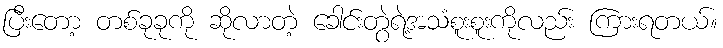
ပြီးတော့ တစ်ခုခုကို ဆိုလာတဲ့ ခေါင်းတွဲရဲ့အသံစူးစူးကိုလည်း ကြားရတယ်။